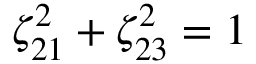
\zeta _ { 2 1 } ^ { 2 } + \zeta _ { 2 3 } ^ { 2 } = 1